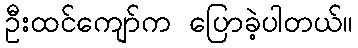
ဦးထင်ကျော်က ပြောခဲ့ပါတယ်။